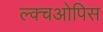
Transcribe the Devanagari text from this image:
ल्क्चओपिस